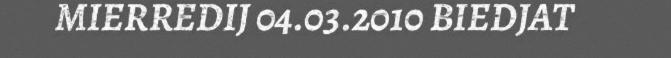
MIERREDIJ 04.03.2010 BIEDJAT